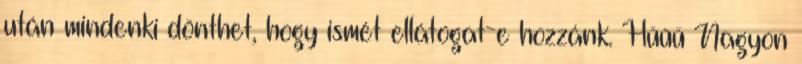
után mindenki dönthet, hogy ismét ellátogat-e hozzánk. Hűűű Nagyon